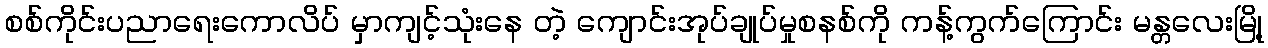
စစ်ကိုင်းပညာရေးကောလိပ် မှာကျင့်သုံးနေ တဲ့ ကျောင်းအုပ်ချုပ်မှုစနစ်ကို ကန့်ကွက်ကြောင်း မန္တလေးမြို့